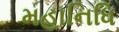
મહાનિધિ